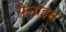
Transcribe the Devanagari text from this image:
फ्रेनाइस